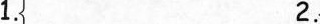
1. 2.